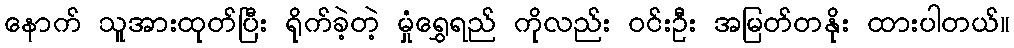
နောက် သူအားထုတ်ပြီး ရိုက်ခဲ့တဲ့ မှုံရွှေရည် ကိုလည်း ဝင်းဦး အမြတ်တနိုး ထားပါတယ်။